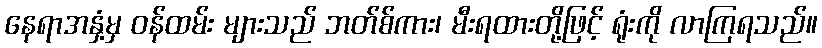
နေရာအနှံ့မှ ဝန်ထမ်း များသည် ဘတ်စ်ကား၊ မီးရထားတို့ဖြင့် ရုံးကို လာကြရသည်။